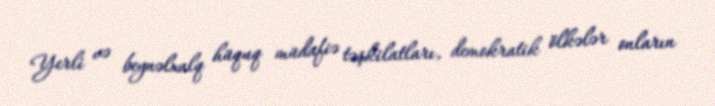
Yerli və beynəlxalq hüquq müdafiə təşkilatları, demokratik ölkələr onların